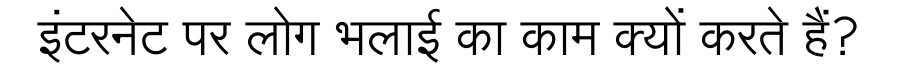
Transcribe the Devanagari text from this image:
इंटरनेट पर लोग भलाई का काम क्यों करते हैं?